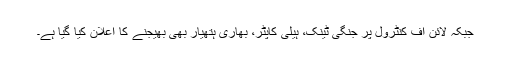
جبکہ لائن آف کنٹرول پر جنگی ٹینک، ہیلی کاپٹر، بھاری ہتھیار بھی بھیجنے کا اعلان کیا گیا ہے۔